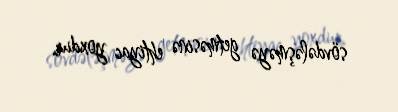
sövdələşməyə getməsinə ehtiyac yoxdur.